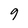
Character: 9